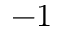
- 1